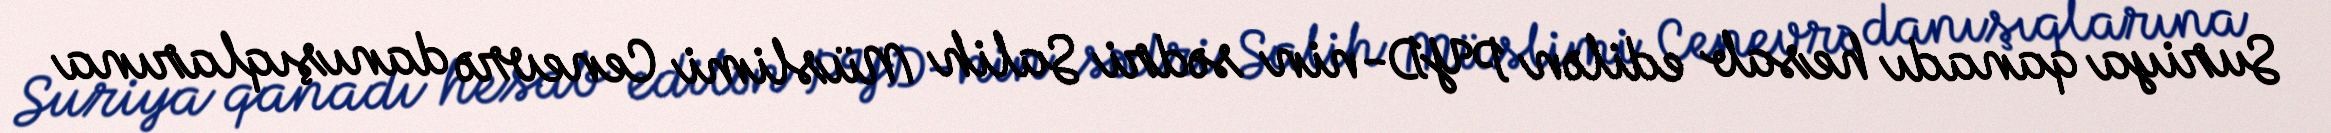
Suriya qanadı hesab edilən PYD-nin sədri Salih Müslimi Cenevrə danışıqlarına